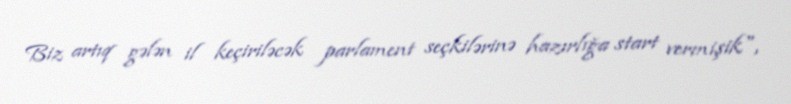
Biz artıq gələn il keçiriləcək parlament seçkilərinə hazırlığa start vermişik",